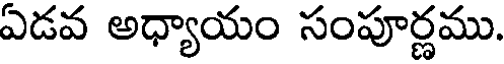
ఏడవ అధ్యాయం సంపూర్ణము.